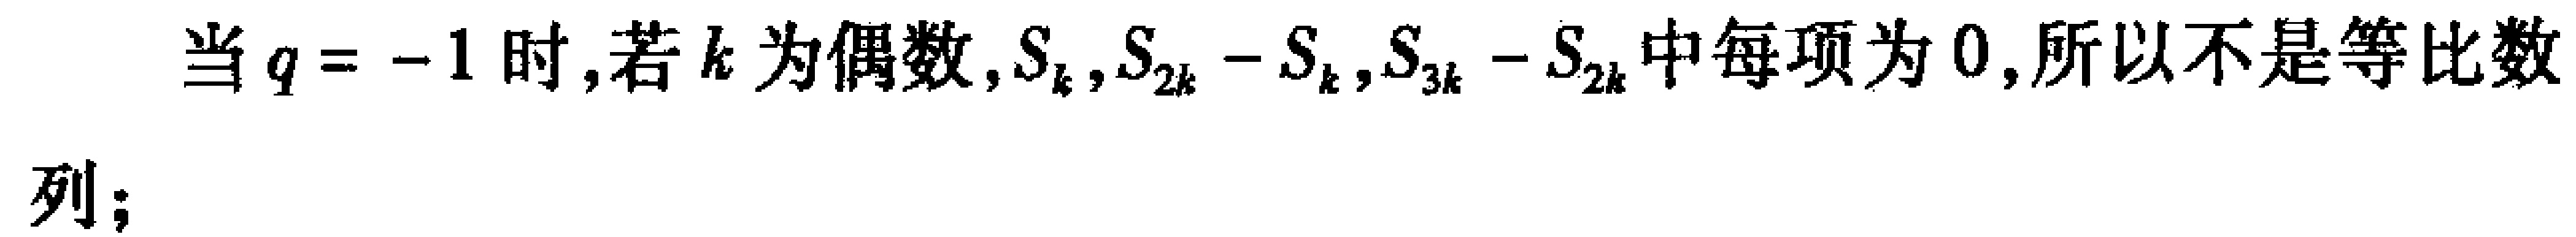
当$q = -1$时,若$k$为偶数,$S_{k},S_{2k} - S_{k},S_{3k} - S_{2k}$中每项为$0$,所以不是等比数列；